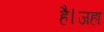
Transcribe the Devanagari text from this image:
है।जहा